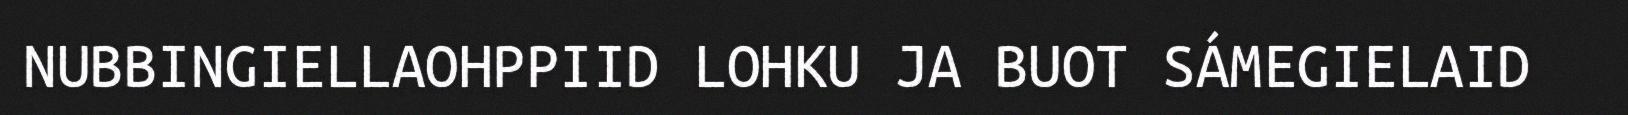
NUBBINGIELLAOHPPIID LOHKU JA BUOT SÁMEGIELAID